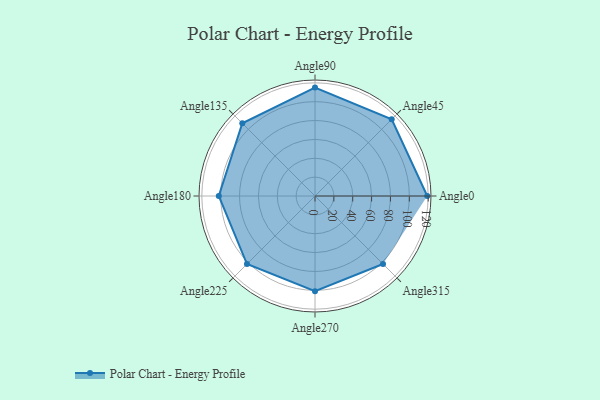
{"axis": {"x": "Angle", "y": "Radius"}, "legend": [""], "data": [{"x": "Angle0", "y": 119.0, "type": ""}, {"x": "Angle45", "y": 115.0, "type": ""}, {"x": "Angle90", "y": 115.0, "type": ""}, {"x": "Angle135", "y": 109.0, "type": ""}, {"x": "Angle180", "y": 102.0, "type": ""}, {"x": "Angle225", "y": 102.0, "type": ""}, {"x": "Angle270", "y": 101.0, "type": ""}, {"x": "Angle315", "y": 102.0, "type": ""}]}